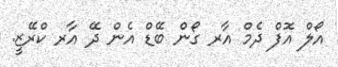
އޯލް އޮފް ދެމް އާރ ގޯން ބޭޑް އެން ދޭ އާރ ކްރޭޒީ.